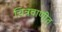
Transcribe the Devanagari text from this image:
चित्रवाणीत